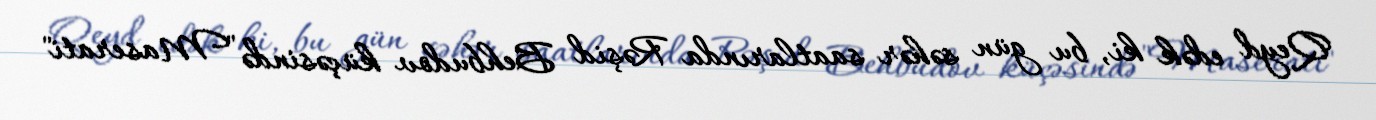
Qeyd edək ki, bu gün səhər saatlarında Rəşid Behbudov küçəsində "Maserati"